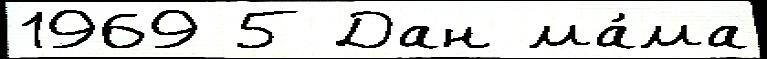
1969 5 Дан ма́ма